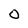
Character: 0